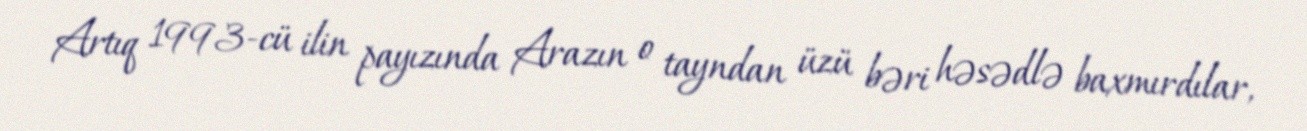
Artıq 1993-cü ilin payızında Arazın o tayndan üzü bəri həsədlə baxmırdılar,